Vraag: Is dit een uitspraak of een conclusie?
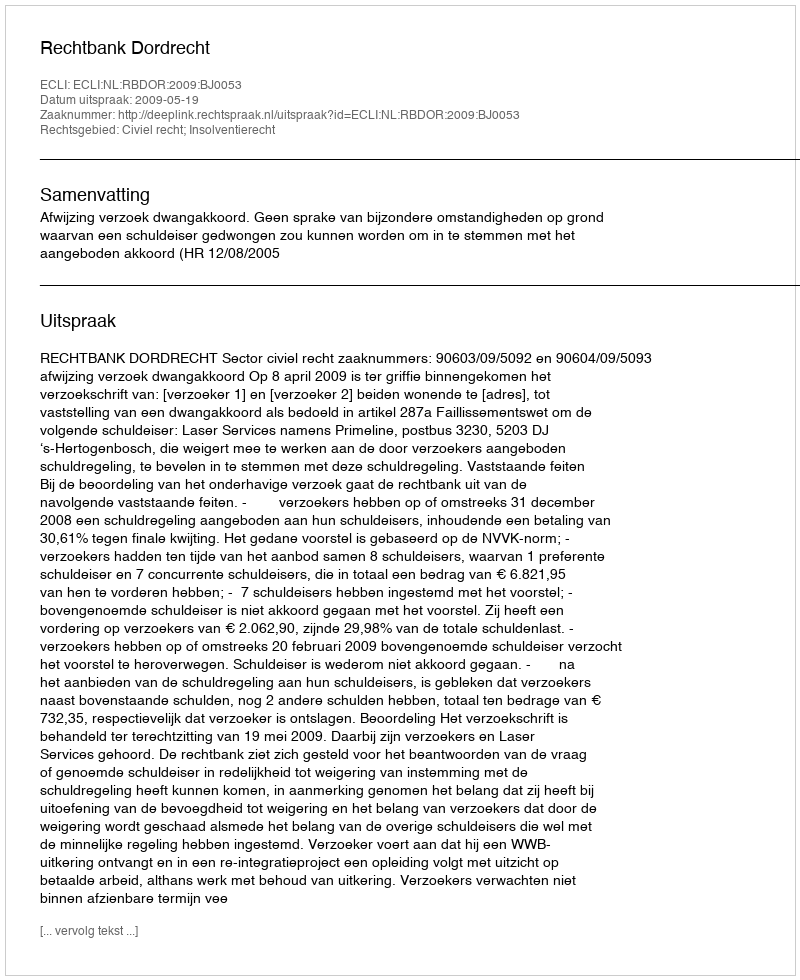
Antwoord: Uitspraak